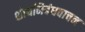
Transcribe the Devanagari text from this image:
शोधनिबंधवाचन